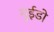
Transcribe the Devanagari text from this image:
गुईडो